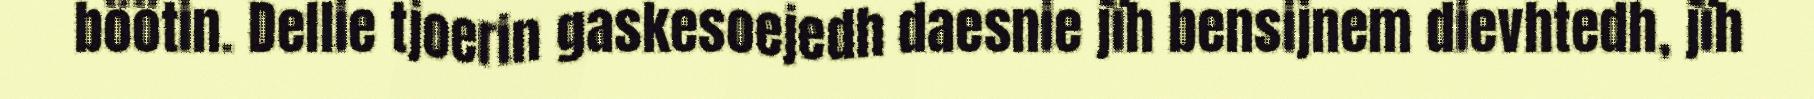
böötin. Dellie tjoerin gaskesoejedh daesnie jïh bensijnem dievhtedh, jïh